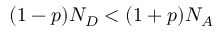
( 1 - p ) N _ { D } < ( 1 + p ) N _ { A }